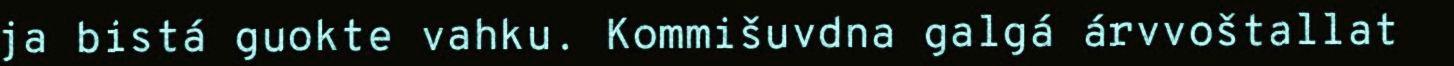
ja bistá guokte vahku. Kommišuvdna galgá árvvoštallat